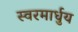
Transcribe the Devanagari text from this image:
स्‍वरमार्धुय